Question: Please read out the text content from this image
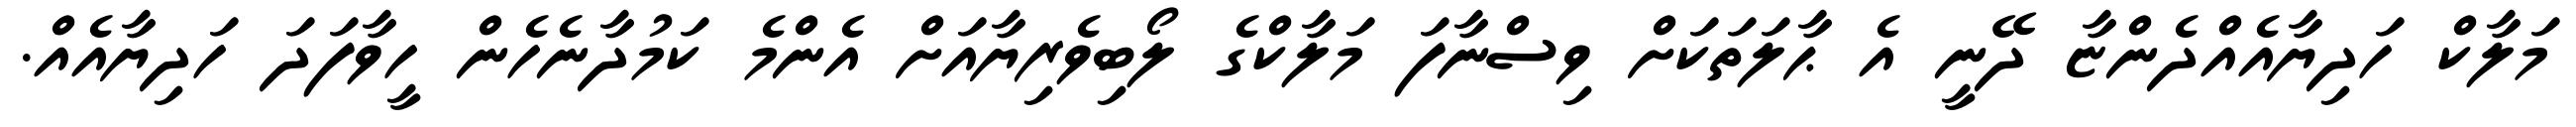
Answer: މަލާކް ހަދިޔާއެއްދެންޏާ ދޭނީ އެ ޙާލަތަކަށް ވިސްނާފަ މަލާކްގެ ލޯބިވެރިޔާއަށް އެންމެ ކަމުދާނެހެން ހީވާފަދަ ހަދިޔާއެއް.